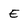
Character: E